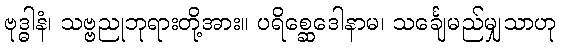
ဗုဒ္ဓါနံ၊ သဗ္ဗညုဘုရားတို့အား။ ပရိစ္ဆေဒေါနာမ၊ သင်္ချေမည်မျှသာဟု